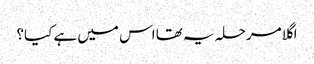
اگلا مرحلہ یہ تھا اس میں ہے کیا؟